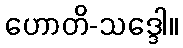
ဟောတိ-သဒ္ဒေါ။